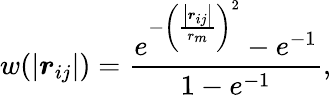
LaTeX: w(\left|\boldsymbol{r}_{ij}\right|)=\frac{e^{-{\left(\frac{\left|\boldsymbol{r}_{ij}\right|}{r_{m}}\right)}^{2}}-e^{-1}}{1-e^{-1}},